Civil Veterinary Department. Madras. Admin. report 1910-25 - 1910-1925
Year: 1910
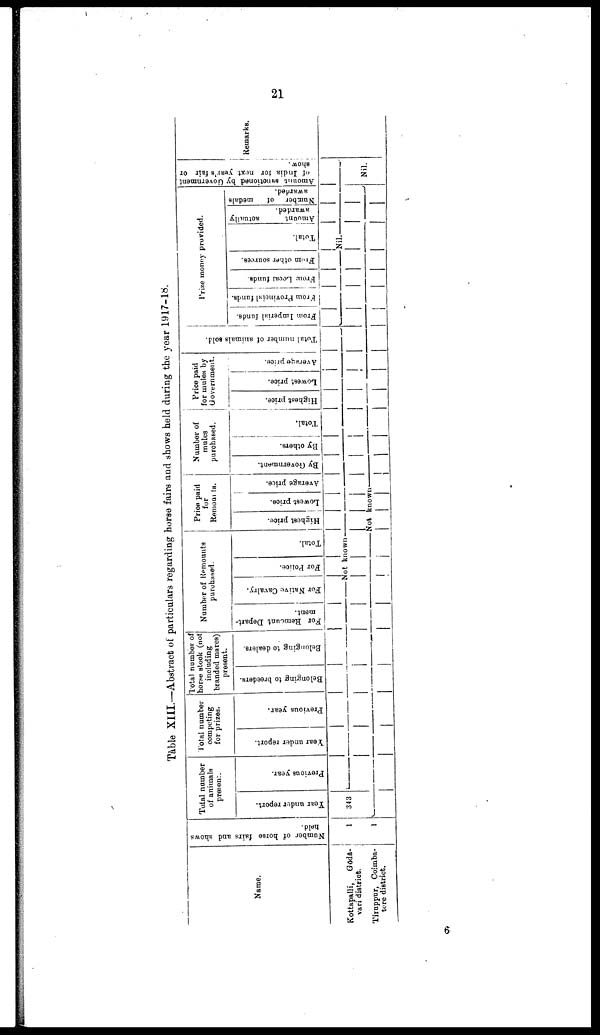
21
Table XIII.—Abstract of particulars regarding horse fairs and shows held during the year 1917-18.
Name.
Kottapalli,
Goda-
vari district.
Tiruppur, Coimba-
tore district.
Number of horse fairs and shows
held.
1
1
Tolal number
of animals
present.
Tear under report.
343
Previous year.
Total number
competing
for prizes.
Year under report.
Previous year.
Total number of
horse stock (not
including
branded mares)
present.
Belonging to breeders.
Belonging to dealers.
Number of Remounts
purchased.
For Remount Depart-
ment.
For Native Cavalry.
For Police.
Total.
Not known
Price paid
for
Remounts.
Highest price.
Lowest price.
Average price.
Not known
Number of
mules
purchased.
By Government.
By others.
Total.
Price paid
for mules by
Government.
Highest price.
Lowest price.
Average price.
i
Total number of animals sold.
From Imperial funds.
Prize money provided.
From
Provincial funds.
From
Local funds.
From
other sources.
Total.
Nil.
Amount
actually
awarded.
Number of
medals
awarded.
Amount senctioned by Government
of
India for next year's fair or
show.
Nil.
Remarks.
6